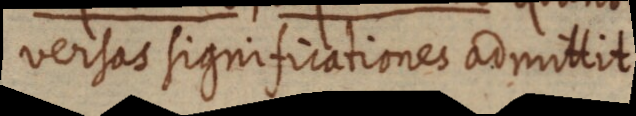
versas significationes admittit